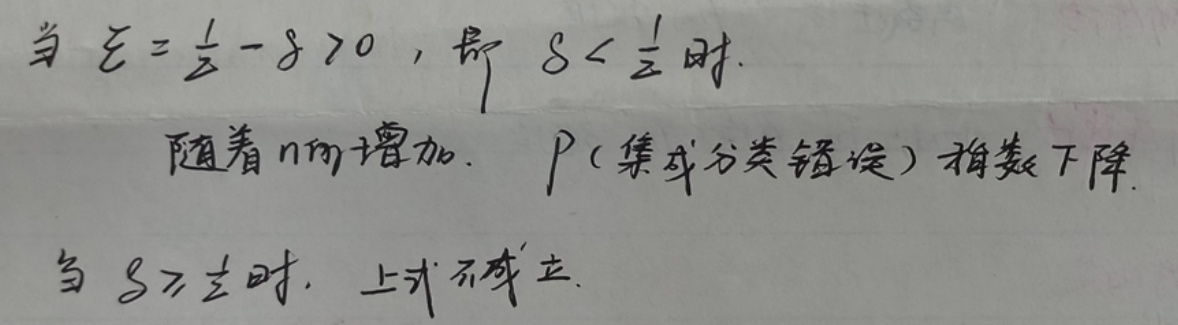
当 $\varepsilon = \frac{1}{2} - \delta > 0$，即 $\delta < \frac{1}{2}$ 时，
随着 $n$ 的增加，$P$（集成分类错误）指数下降。
当 $\delta \geq \frac{1}{2}$ 时，上式不成立。